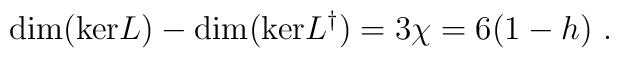
{\rm dim (ker} L) - {\rm dim (ker} L^{\dag}) = 3\chi = 6 (1-h)\ .